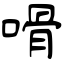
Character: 嗗